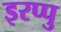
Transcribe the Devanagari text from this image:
इरप्पु